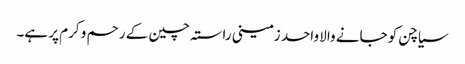
سیاچن کو جانے والا واحد زمینی راستہ چین کے رحم و کرم پر ہے۔